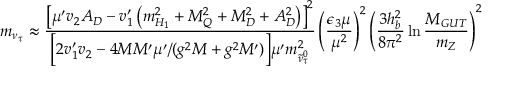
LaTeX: m _ { \nu _ { \tau } } \approx { \frac { \left[ \mu ^ { \prime } v _ { 2 } A _ { D } - v _ { 1 } ^ { \prime } \left( m _ { H _ { 1 } } ^ { 2 } + M _ { Q } ^ { 2 } + M _ { D } ^ { 2 } + A _ { D } ^ { 2 } \right) \right] ^ { 2 } } { \Big [ 2 v _ { 1 } ^ { \prime } v _ { 2 } - 4 M M ^ { \prime } \mu ^ { \prime } / ( g ^ { 2 } M + g ^ { 2 } M ^ { \prime } ) \Big ] \mu ^ { \prime } m _ { \tilde { \nu } _ { \tau } ^ { 0 } } ^ { 2 } } } \left( { \frac { \epsilon _ { 3 } \mu } { \mu ^ { 2 } } } \right) ^ { 2 } \left( { \frac { 3 h _ { b } ^ { 2 } } { 8 \pi ^ { 2 } } } \ln { \frac { M _ { G U T } } { m _ { Z } } } \right) ^ { 2 }